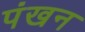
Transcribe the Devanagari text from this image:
पंखन